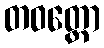
တဝတ္ထော